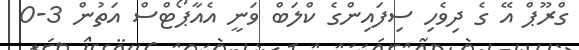
ގްރޫޕް އޭ ގެ ދިވެހި ސިފައިންގެ ކްލަބް ވަނީ އެއާޕޯޓްސް އަތުން 3-0